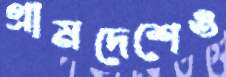
গ্রামদেশেও